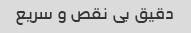
دقیق بی نقص و سریع